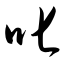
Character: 叱